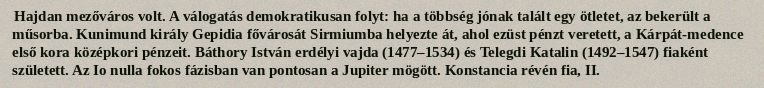
Hajdan mezőváros volt. A válogatás demokratikusan folyt: ha a többség jónak talált egy ötletet, az bekerült a műsorba. Kunimund király Gepidia fővárosát Sirmiumba helyezte át, ahol ezüst pénzt veretett, a Kárpát-medence első kora középkori pénzeit. Báthory István erdélyi vajda (1477–1534) és Telegdi Katalin (1492–1547) fiaként született. Az Io nulla fokos fázisban van pontosan a Jupiter mögött. Konstancia révén fia, II.